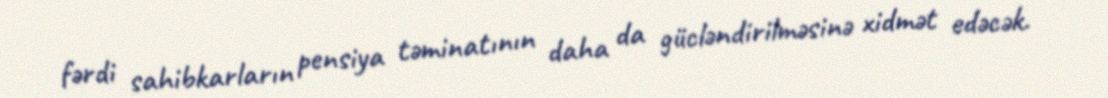
fərdi sahibkarların pensiya təminatının daha da gücləndirilməsinə xidmət edəcək.